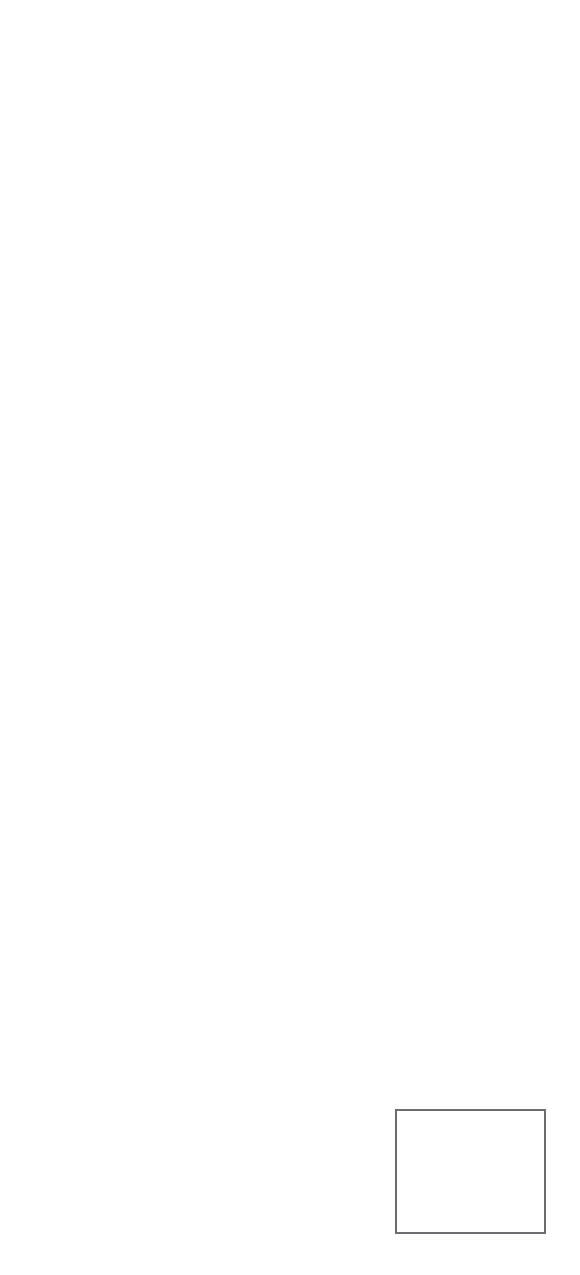
Facing
 Hysterectomy?
 The  Condition(s):
 Your doctor is one of a growing                                                                                    Chronic Pain, Heavy Bleeding, Fibroids,
 Endometriosis and/or Prolapse
 number of surgeons offering                                                    Learn why da Vinci® Surgery
 A wide variety of benign (non-cancerous)
 may be your best treatment option
 da Vinci Surgery for benign                                                                                       conditions can affect a woman’s reproduc-
 for a benign gynecologic condition
 tive system, which consists of the uterus, the
 gynecologic conditions.
 vagina, ovaries and fallopian tubes. Most of
 these conditions affect the uterus, which is
 the hollow, muscular organ that holds a baby
 as it grows inside a pregnant woman.
 Common types of gynecologic conditions
 like fibroids (non-cancerous growths in the
 uterine wall), endometriosis (non-cancerous
 growths of the uterine lining) or prolapse
 For more information about
 (falling or slipping of the uterus) can cause
 da Vinci Hysterectomy and to find a                                                                             chronic pain and heavy bleeding, as well as
 da Vinci Surgeon near you, visit:                                                                             other disabling symptoms.
 www.daVinciHysterectomy.com                                                                                      Women who experience these symptoms are
 often treated with hysterectomy - the surgical
 removal of the uterus. In fact, this procedure
 is the second most common surgical proce-
 dure for women in the United States, and an
 estimated one third of all U.S. women will
 have a hysterectomy by age 60.1
 Fallopian
 Tubes
 Ovaries
 Uterus
 1http://womenshealth.gov/faq/hysterectomy.htm